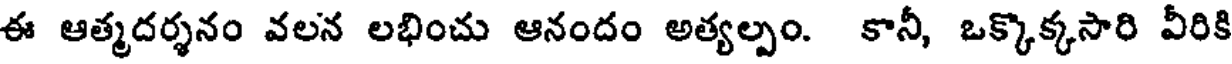
ఈ ఆత్మదర్శనం వలన లభించు ఆనందం అత్యల్పం. కానీ, ఒక్కొక్కసారి వీరికి